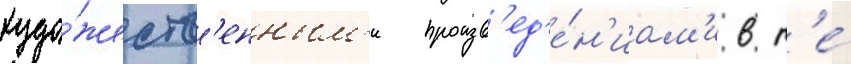
худо́жеств'енным'и произв'ед'е́н'иам'и в т'е́